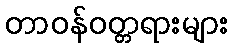
တာဝန်ဝတ္တရားများ